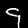
Digit: 9